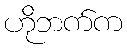
ဟိုဘက်က